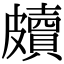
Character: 𥀲